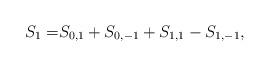
LaTeX: \begin{align*} S_1 =& S_{0, 1}+S_{0,-1}+S_{1, 1}-S_{1,-1},\end{align*}